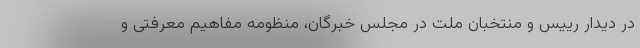
در دیدار رییس و منتخبان ملت در مجلس خبرگان، منظومه مفاهیم معرفتی و